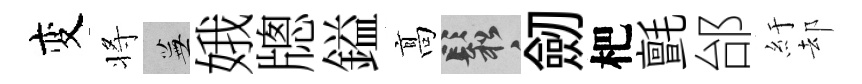
变将蕪娥牕鎰髙鬆劒杷氈邰紆却